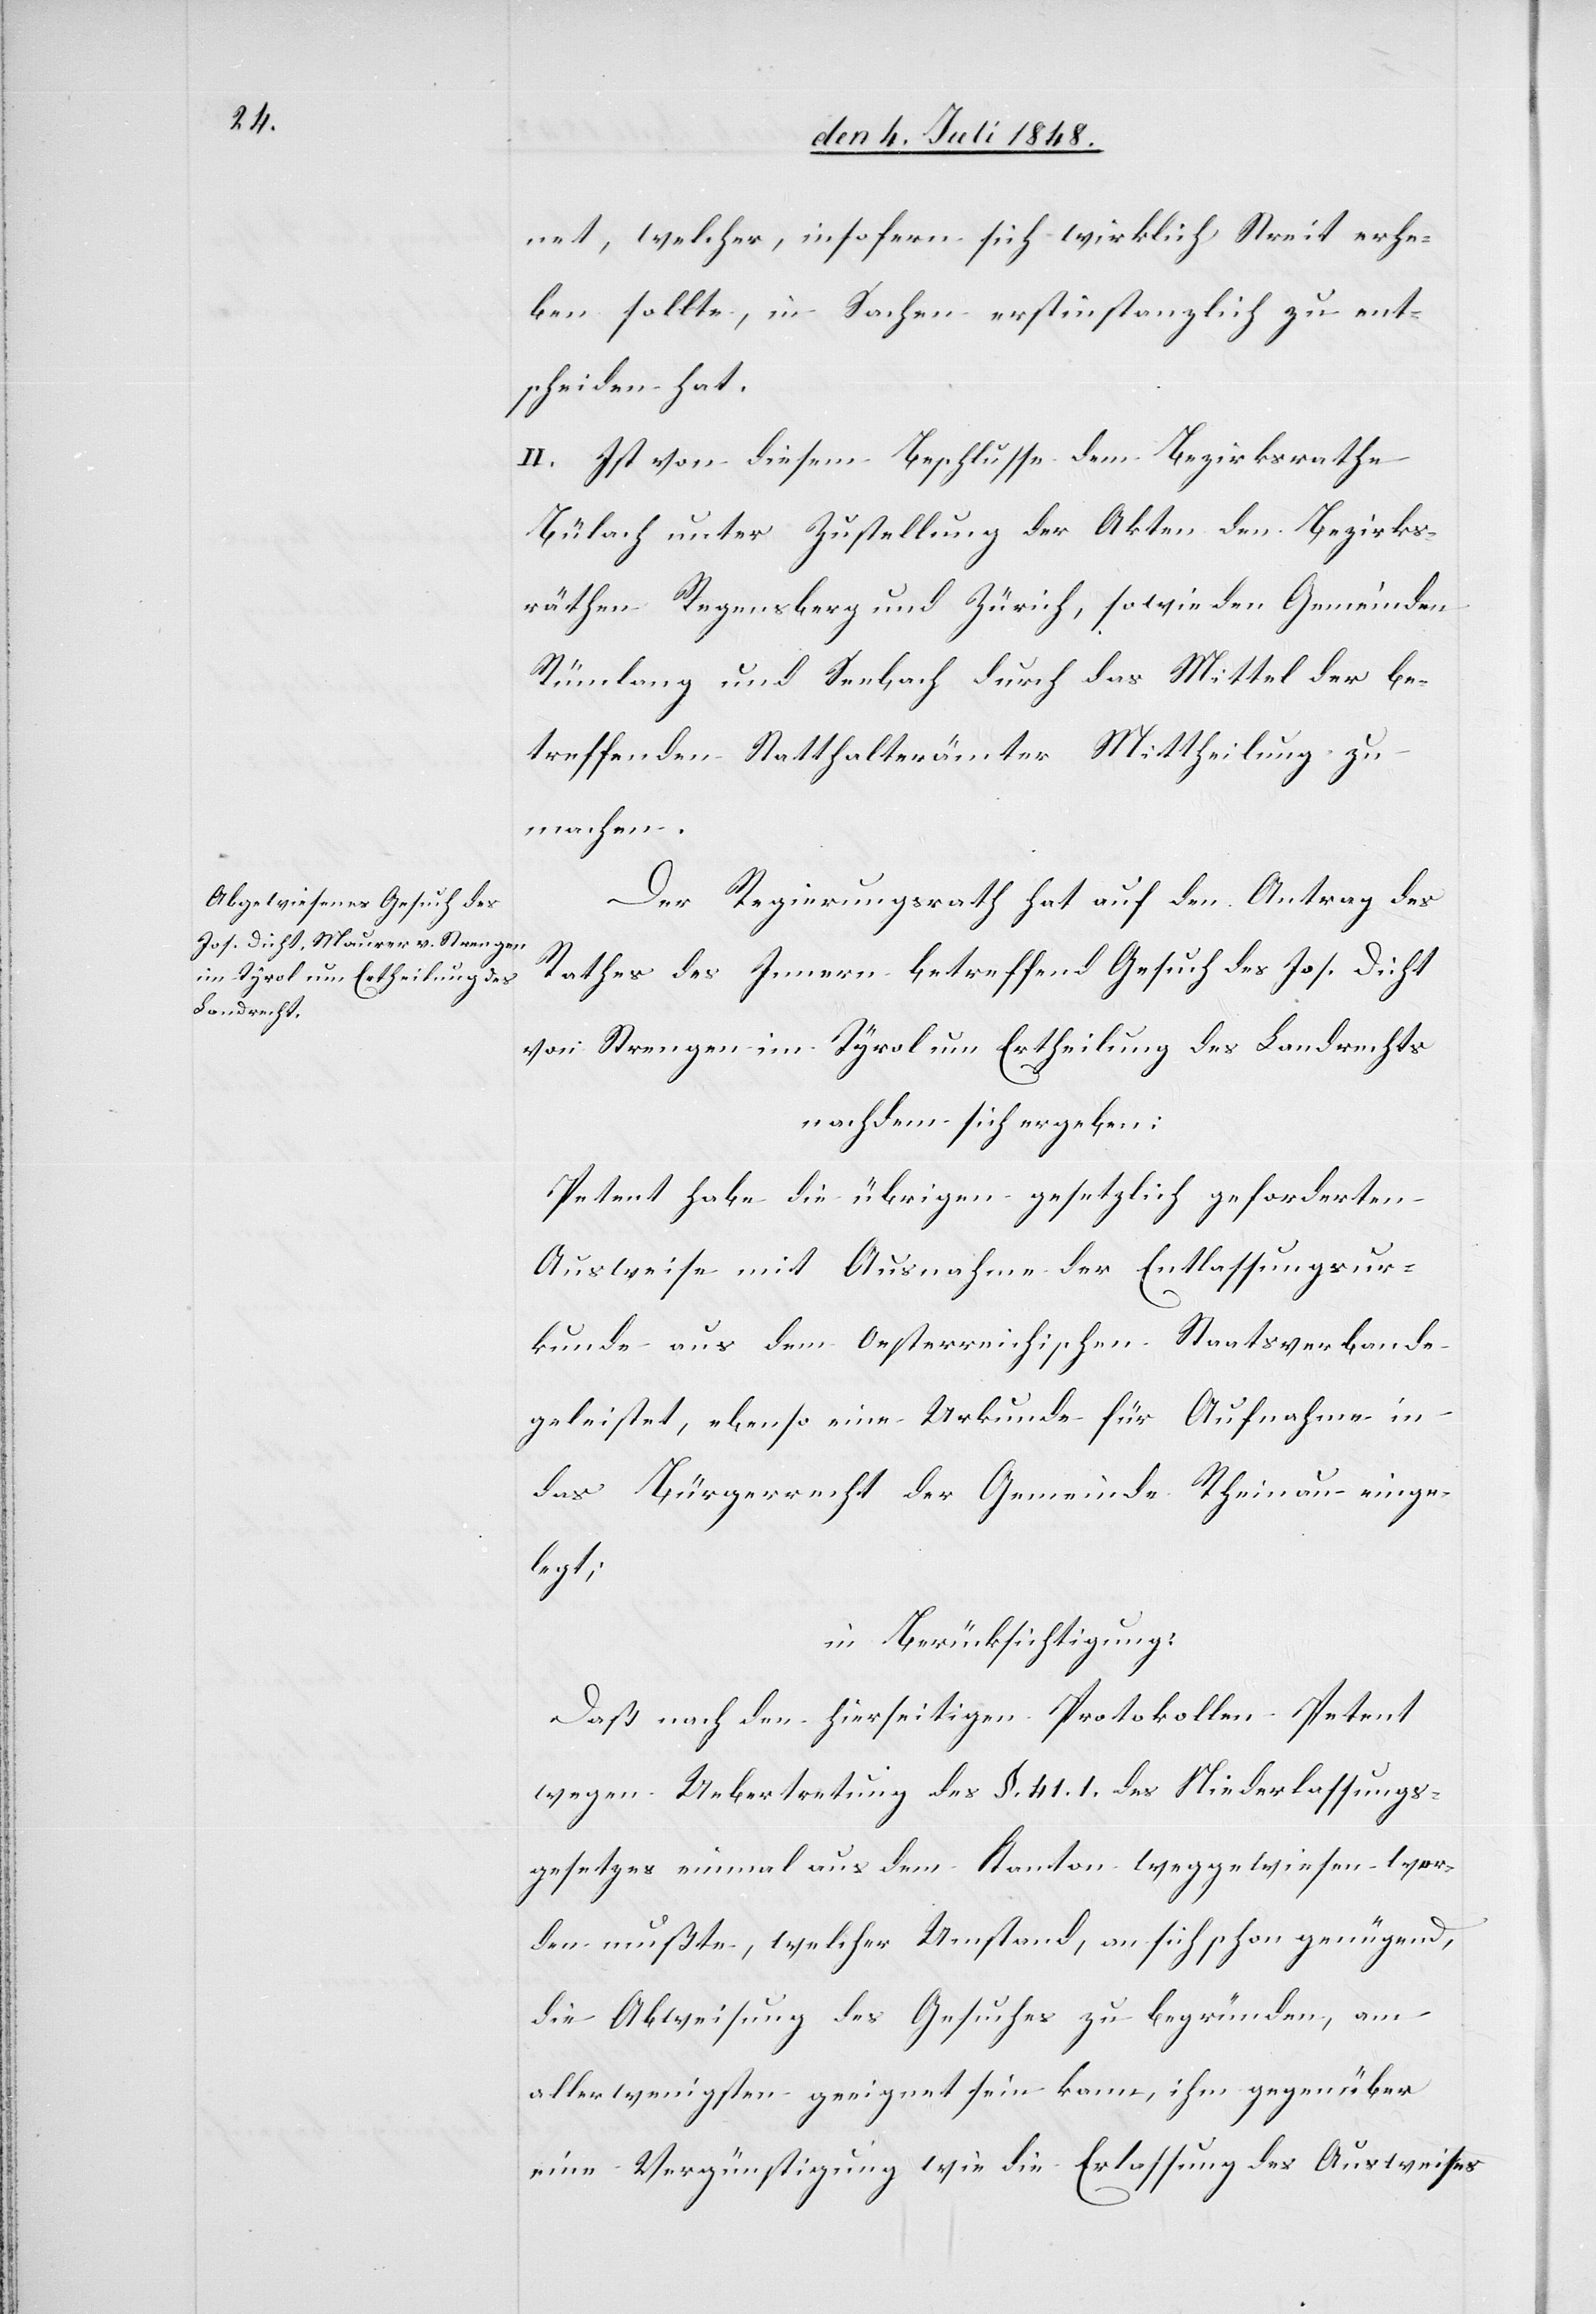
net, welcher, insofern sich wirklich Streit erhe¬
ben sollte, in Sachen erstinstanzlich zu ent¬
scheiden hat.
II. Ist von diesem Beschlusse dem Bezirksrathe
Bülach unter Zustellung der Akten den Bezirks¬
räthen Regensberg und Zürich, sowie den Gemeinden
Rümlang und Seebach durch das Mittel der be¬
treffenden Statthalterämter Mittheilung zu
machen.
Der Regierungsrath hat auf den Antrag des
Rathes des Innern betreffend Gesuch des Jos. Dicht
von Strengen im Tyrol um Ertheilung des Landrechts
nachdem sich ergeben:
Petent habe die übrigen gesetzlich erforderlichen
Ausweise mit Ausnahme der Entlassungsur¬
kunde aus dem Oesterreichischen Staatsverbande
geleistet, ebenso eine Urkunde für Aufnahme in
das Bürgerrecht der Gemeinde Rheinau einge¬
legt;
in Berücksichtigung
Daß nach den hierseitigen Protokollen Petent
wegen Uebertretung des §. 41. 1. des Niederlassungs¬
gesetzes einmal aus dem Kanton weggewiesen wer¬
den mußte, welcher Umstand an sich schon genügend,
die Abweisung des Gesuches zu begründen, am
allerwenigsten geeignet sein kann, ihm gegenüber
eine Vergünstigung wie die Erlassung des Ausweises